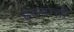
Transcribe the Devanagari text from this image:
ह्रदयाची